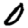
Digit: 0